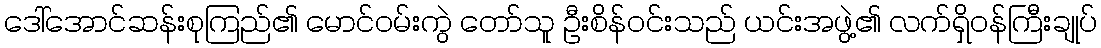
ဒေါ်အောင်ဆန်းစုကြည်၏ မောင်ဝမ်းကွဲ တော်သူ ဦးစိန်ဝင်းသည် ယင်းအဖွဲ့၏ လက်ရှိဝန်ကြီးချုပ်